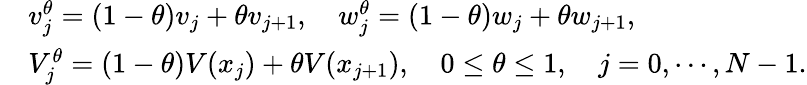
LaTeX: \begin{array}{rl}&{v_{j}^{\theta}=(1-\theta)v_{j}+\theta v_{j+1},\quad w_{j}^{\theta}=(1-\theta)w_{j}+\theta w_{j+1},}\\ &{V_{j}^{\theta}=(1-\theta)V(x_{j})+\theta V(x_{j+1}),\quad 0\leq\theta\leq 1,\quad j=0,\cdots,N-1.}\end{array}